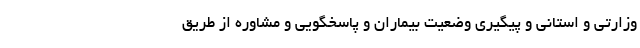
وزارتی و استانی و پیگیری وضعیت بیماران و پاسخگویی و مشاوره از طریق